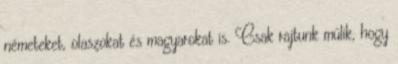
németeket, olaszokat és magyarokat is. Csak rajtunk múlik, hogy